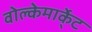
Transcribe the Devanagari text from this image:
वोल्केमार्के्ट